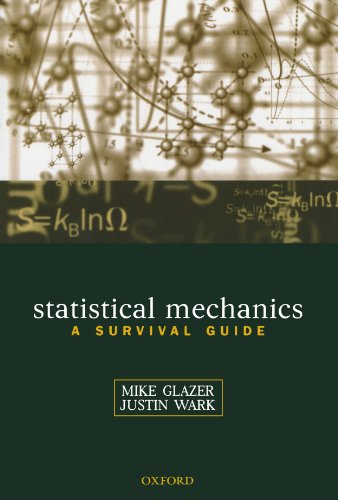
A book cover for Statistical Mechanics: A Survival Guide; A. M. Glazer; Science & Math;